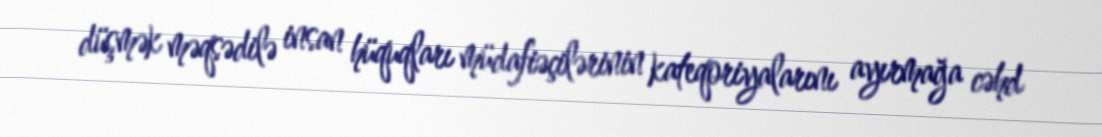
düşmək məqsədilə insan hüquqları müdafiəçilərinin kateqoriyalarını ayırmağa cəhd